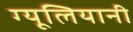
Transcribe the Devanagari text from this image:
ग्यूलियानी